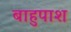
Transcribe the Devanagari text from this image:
बाहुपाश